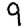
Digit: 9